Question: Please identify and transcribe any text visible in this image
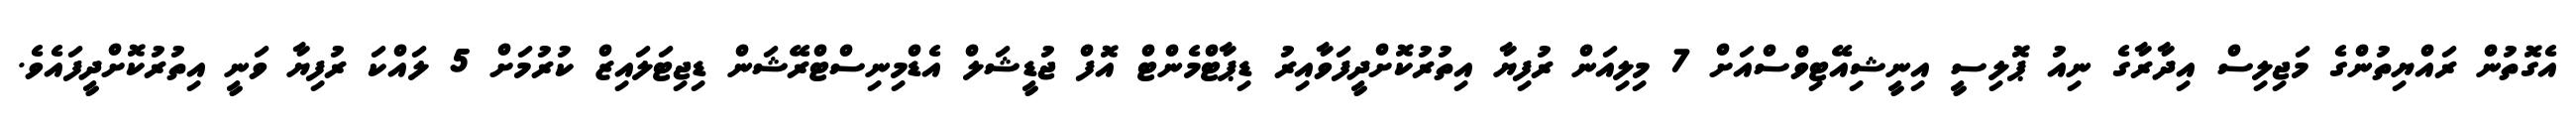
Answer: އެގޮތުން ރައްޔިތުންގެ މަޖިލިސް އިދާރާގެ ނިއު ޕޮލިސީ އިނީޝިއޭޓިވްސްއަށް 7 މިލިއަން ރުފިޔާ އިތުރުކޮށްދީފަވާއިރު ޑިޕާޓްމެންޓް އޮފް ޖުޑީޝަލް އެޑްމިނިސްޓްރޭޝަން ޑިޖިޓަލައިޒް ކުރުމަށް 5 ލައްކަ ރުފިޔާ ވަނީ އިތުރުކޮށްދީފައެވެ.